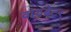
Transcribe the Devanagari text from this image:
वायब्रेटर